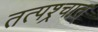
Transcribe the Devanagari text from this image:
तत्पश्र्चात्